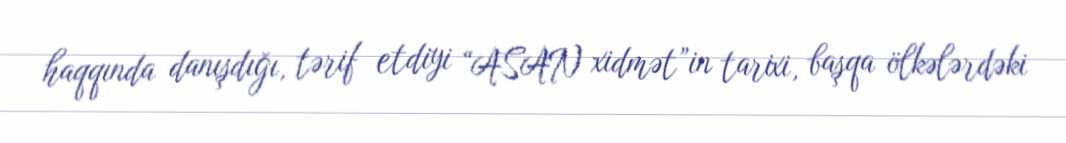
haqqında danışdığı, tərif etdiyi “ASAN xidmət”in tarixi, başqa ölkələrdəki